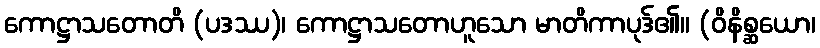
ကောဋ္ဌာသတောတိ (ပဒဿ)၊ ကောဋ္ဌာသတောဟူသော မာတိကာပုဒ်၏။ (ဝိနိစ္ဆယော၊